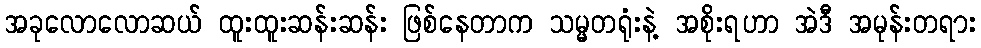
အခုလောလောဆယ် ထူးထူးဆန်းဆန်း ဖြစ်နေတာက သမ္မတရုံးနဲ့ အစိုးရဟာ အဲဒီ အမုန်းတရား